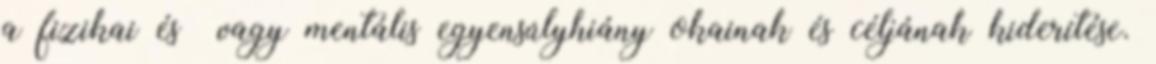
a fizikai és vagy mentális egyensúlyhiány okainak és céljának kiderítése.